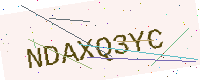
Text: NDAXQ3YC